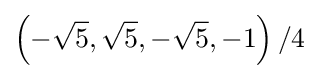
\left(-{\sqrt {5}},{\sqrt {5}},-{\sqrt {5}},-1\right)/4